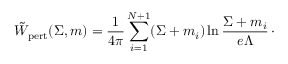
\tilde { W } _ { \mathrm { p e r t } } ( \Sigma , m ) = { \frac { 1 } { 4 \pi } } \sum _ { i = 1 } ^ { N + 1 } ( \Sigma + m _ { i } ) \ln { \frac { \Sigma + m _ { i } } { e \Lambda } } \, \cdotp